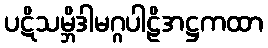
ပဋိသမ္ဘိဒါမဂ္ဂပါဠိအဋ္ဌကထာ